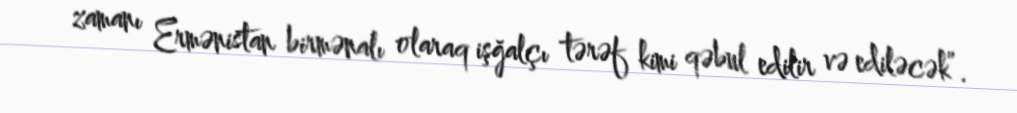
zamanı Ermənistan birmənalı olaraq işğalçı tərəf kimi qəbul edilir və ediləcək”.